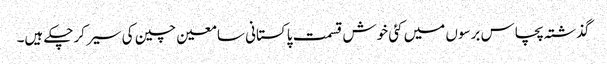
گذشتہ پچاس برسوں میں کئی خوش قسمت پاکستانی سامعین چین کی سیر کرچکے ہیں۔